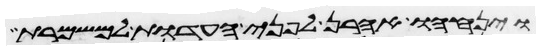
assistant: ויניחהו אהרן לפני העדות למשמרת